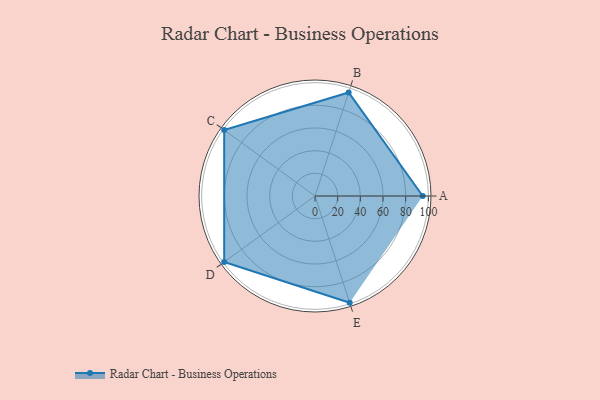
{"axis": {"x": "Skill", "y": "Score"}, "legend": ["Profile"], "data": [{"x": "A", "y": 95.0, "type": "Profile"}, {"x": "B", "y": 96.0, "type": "Profile"}, {"x": "C", "y": 99.0, "type": "Profile"}, {"x": "D", "y": 99, "type": "Profile"}, {"x": "E", "y": 99, "type": "Profile"}]}